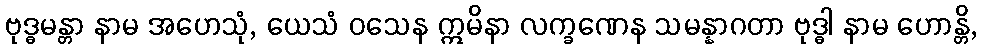
ဗုဒ္ဓမန္တာ နာမ အဟေသုံ, ယေသံ ဝသေန ဣမိနာ လက္ခဏေန သမန္နာဂတာ ဗုဒ္ဓါ နာမ ဟောန္တိ,